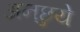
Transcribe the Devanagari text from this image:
अनछुये